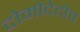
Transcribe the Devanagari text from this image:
दोमोदेदोव